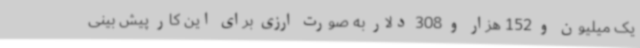
یک میلیون و 152 هزار و 308 دلار به صورت ارزی برای این کار پیش بینی